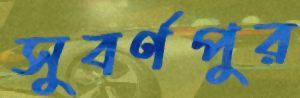
সুবর্ণপুর